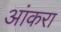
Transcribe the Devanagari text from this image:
आंकरा